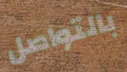
بالتواصل